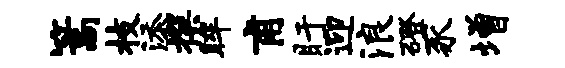
篙枝添撰眸甫盱迎浪磴豕增